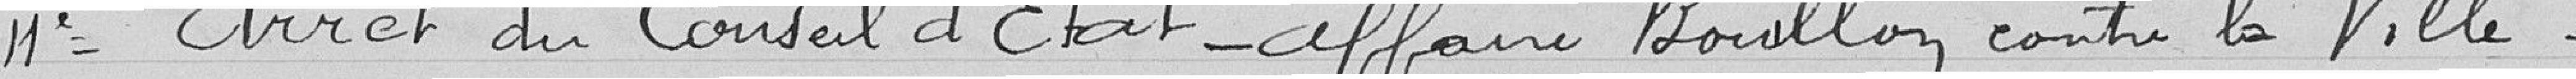
11° Arrêt du Conseil d'Etat - Affaire Bouillon contre la Ville.